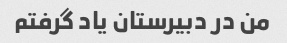
من در دبیرستان یاد گرفتم